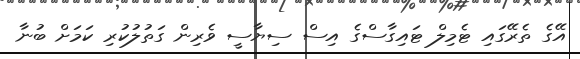
އޭގެ ތެރޭގައި ޓެމިލް ޓައިގާސްގެ އިސް ސިޔާސީ ވެރިން ގަތުލުކުރި ކަމަށް ބުނާ